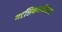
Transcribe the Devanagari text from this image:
गटशिक्षणाधिकारी